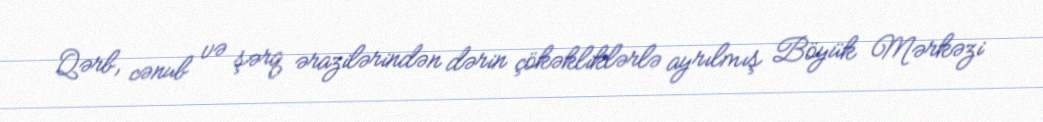
Qərb, cənub və şərq ərazilərindən dərin çökəkliklərlə ayrılmış Böyük Mərkəzi